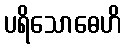
ပရိသောဓေဟိ